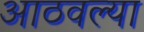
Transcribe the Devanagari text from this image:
आठवल्या